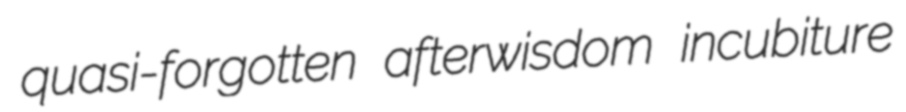
quasi-forgotten afterwisdom incubiture